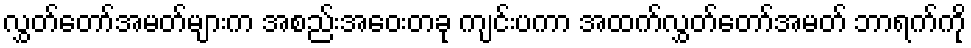
လွှတ်တော်အမတ်များက အစည်းအဝေးတခု ကျင်းပကာ အထက်လွှတ်တော်အမတ် ဘာရက်ကို